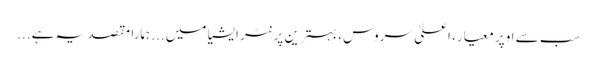
سب سے اوپر معیار، اعلیٰ سروس، بہترین پرنٹر ایشیا میں... ہمارا مقصد یہ ہے...